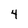
Character: 4